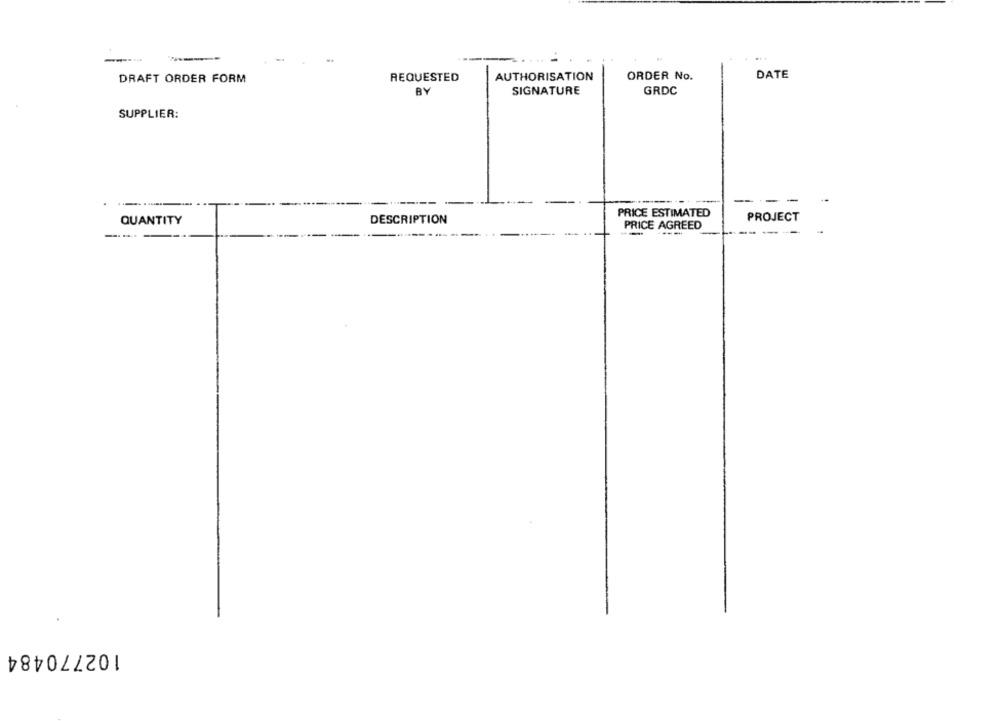
DRAFT ORDER FORM
REQUESTED
AUTHORISATION
ORDER No.
DATE
BY
SIGNATURE
GRDC
SUPPLIER:
--
PRICE ESTIMATED
PROJECT
QUANTITY
DESCRIPTION
PRICE AGREED
--
-
---
102770484